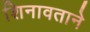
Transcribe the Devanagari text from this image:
शिनावताने